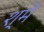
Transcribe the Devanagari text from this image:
श्में